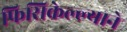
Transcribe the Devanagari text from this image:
फिसिकेल्ल्याने